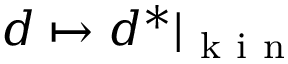
d \mapsto d ^ { * } \vert _ { \mathrm { ~ k ~ i ~ n ~ } }